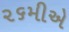
૨૬મીએ